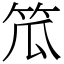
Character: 笟